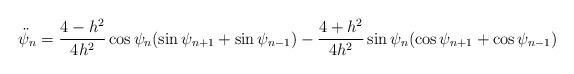
LaTeX: \begin{align*}\ddot{\psi}_{n}=\frac{4-h^{2}}{4h^{2}}\cos\psi_{n}(\sin\psi_{n+1}+\sin\psi_{n-1})-\frac{4+h^{2}}{4h^{2}}\sin\psi_{n}(\cos\psi_{n+1}+\cos\psi_{n-1})\end{align*}